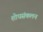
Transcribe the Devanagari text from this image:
शोधसंकलन